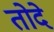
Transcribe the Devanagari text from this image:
तोदे